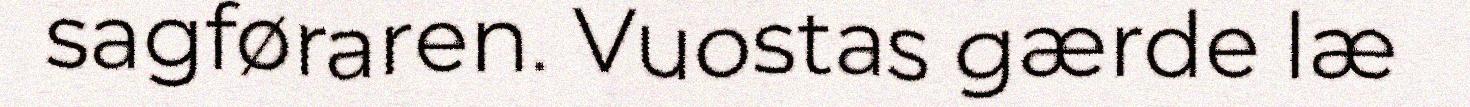
sagføraren. Vuostas gærde læ